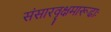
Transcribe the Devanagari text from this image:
संसारवृक्षमारूढाः